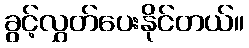
ခွင့်လွှတ်ပေးနိုင်တယ်။